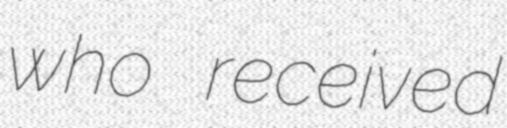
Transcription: who received